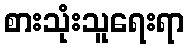
စားသုံးသူရေးရာ